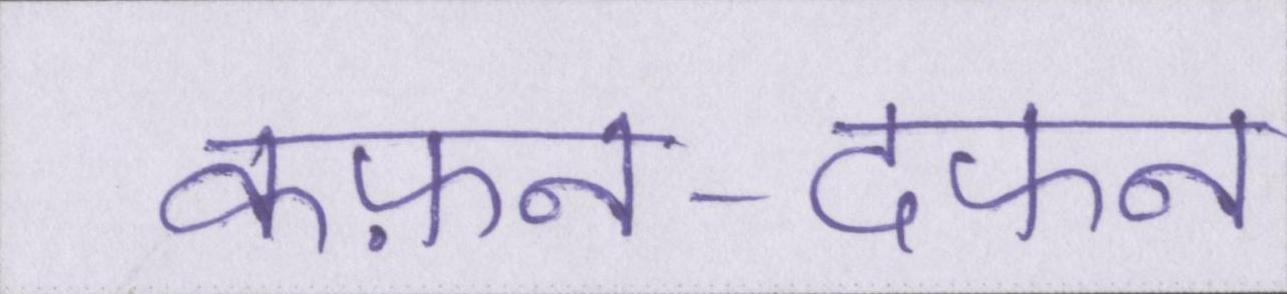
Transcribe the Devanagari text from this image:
कफ़न-दफन